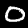
Digit: 0